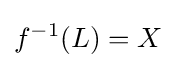
f^{-1}(L)=X